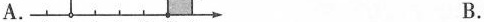
A. B.